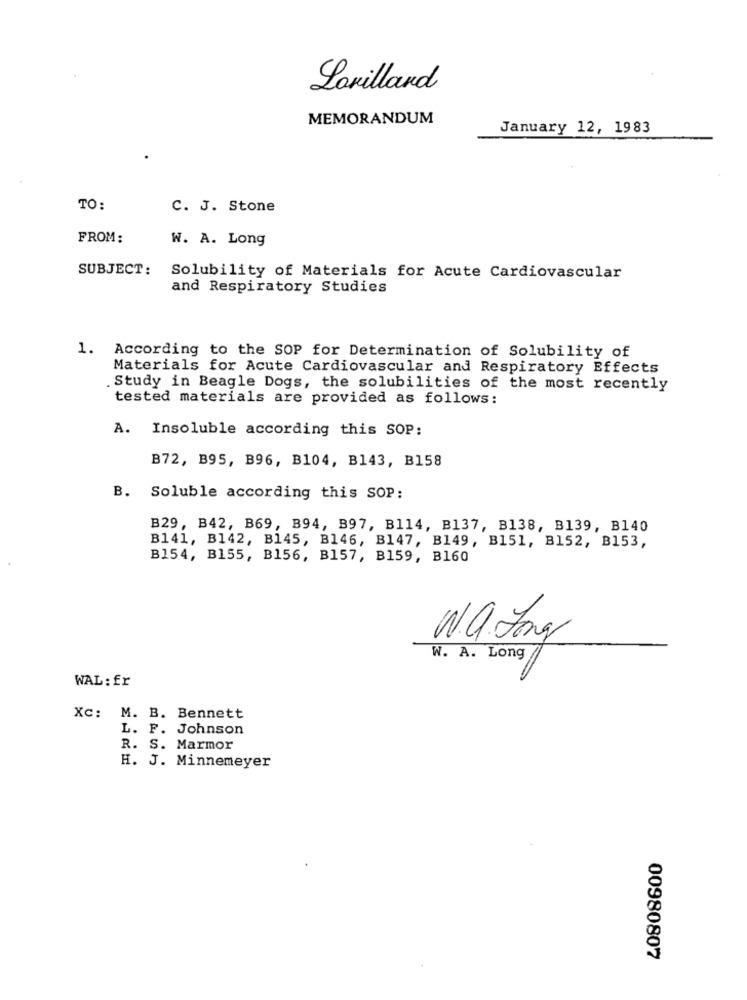
Lorillard
MEMORANDUM
January 12, 1983
TO:
C. J. Stone
FROM:
W. A. Long
SUBJECT:
Solubility of Materials for Acute Cardiovascular
and Respiratory Studies
1. According to the SOP for Determination of Solubility of
Materials for Acute Cardiovascular and Respiratory Effects
.Study in Beagle Dogs, the solubilities of the most recently
tested materials are provided as follows:
A.
Insoluble according this SOP:
B72, B95, B96, B104, B143, B158
B. Soluble according this SOP:
B29, B42, B69, B94, B97, B114, B137, B138, B139, B140
B141, B142, B145, B146, B147, B149, B151, B152, B153,
B154, B155, B156, B157, B159, B160
W.a.Jag
W. A. Long
WAL: fr
Xc: M. B. Bennett
L. F. Johnson
R. S. Marmor
H. J. Minnemeyer
00980807